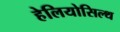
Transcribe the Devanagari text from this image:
हेलियोसिल्थ